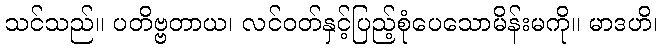
သင်သည်။ ပတိဗ္ဗတာယ၊ လင်ဝတ်နှင့်ပြည့်စုံပေသောမိန်းမကို။ မာဒဟိ၊